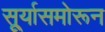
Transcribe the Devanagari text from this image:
सू्र्यासमोरून